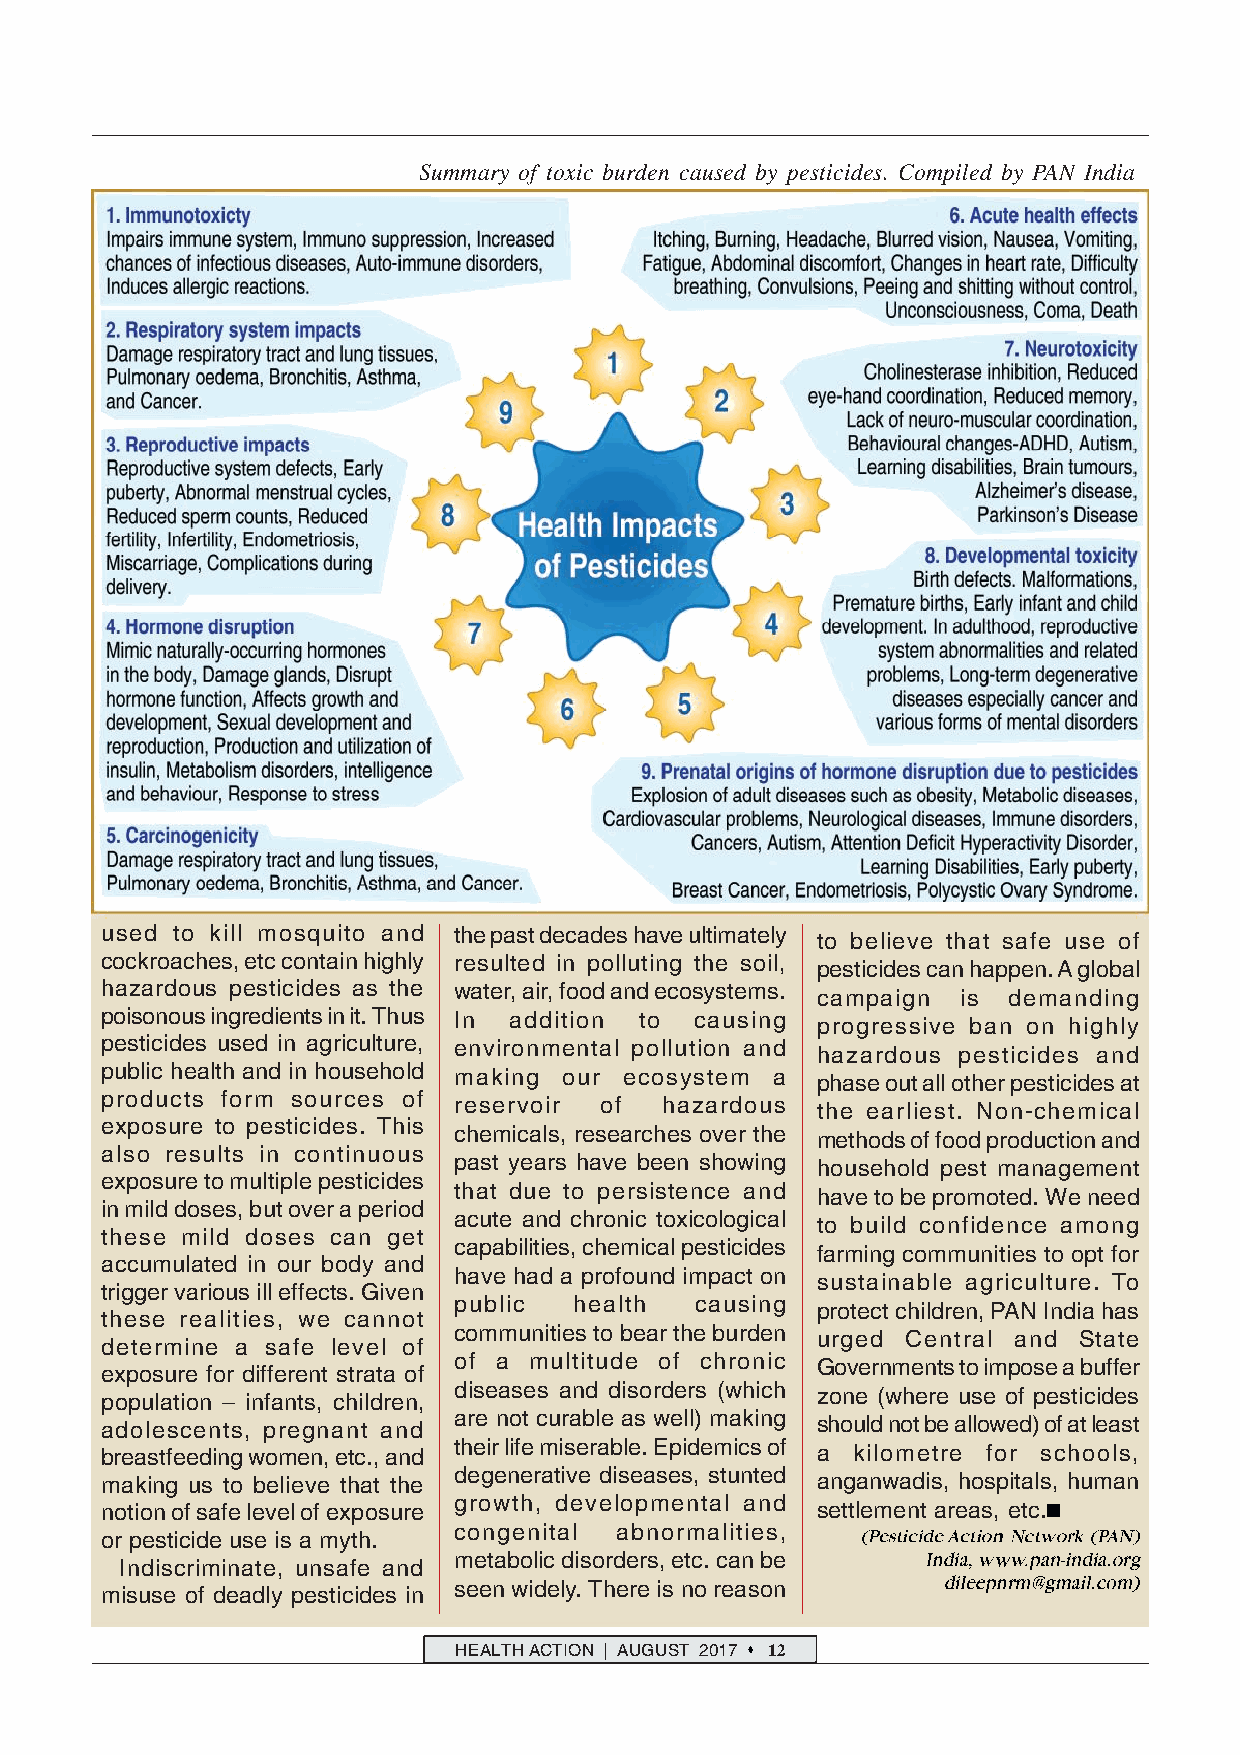
Summary of toxic burden caused by pesticides. Compiled by PAN India
 used to kill mosquito and the past decades have ultimately to believe that safe use of
 cockroaches, etc contain highly resulted in polluting the soil,
 pesticides can happen. A global
 hazardous pesticides as the water, air, food and ecosystems.
 campaign  is demanding
 poisonous ingredients in it. Thus In addition to causing
 progressive ban on highly
 pesticides used in agriculture, environmental pollution and
 hazardous pesticides and
 public health and in household making our ecosystem a phase out all other pesticides at
 products form sources of
 reservoir of  hazardous the earliest. Non-chemical
 exposure to pesticides. This
 chemicals, researches over the methods of food production and
 also results in continuous
 past years have been showing household pest management
 exposure to multiple pesticides
 that due to persistence and have to be promoted. We need
 in mild doses, but over a period
 acute and chronic toxicological
 to build confidence among
 these mild doses can get
 capabilities, chemical pesticides
 farming communities to opt for
 accumulated in our body and
 have had a profound impact on
 sustainable agriculture. To
 trigger various ill effects. Given
 public  health  causing
 protect children, PAN India has
 these realities, we cannot
 communities to bear the burden urged Central and State
 determine a safe level of
 of a multitude of chronic Governments to impose a buffer
 exposure for different strata of
 diseases and disorders (which zone (where use of pesticides
 population – infants, children,
 adolescents, pregnant and are not curable as well) making should not be allowed) of at least
 breastfeeding women, etc., and their life miserable. Epidemics of a kilometre for schools,
 degenerative diseases, stunted
 making us to believe that the                  anganwadis, hospitals, human
 growth, developmental and
 notion of safe level of exposure               settlement areas, etc.
 congenital abnormalities,
 or pesticide use is a myth.
 metabolic disorders, etc. can be
 Indiscriminate, unsafe and
 seen widely. There is no reason
 misuse of deadly pesticides in
 HEALTH ACTION | AUGUST 2017 12